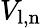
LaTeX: V_{\mathrm{l,n}}